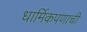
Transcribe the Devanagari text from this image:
धार्मिकपणाची